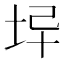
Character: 𡊓